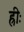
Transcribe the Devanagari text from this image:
ह्रीः